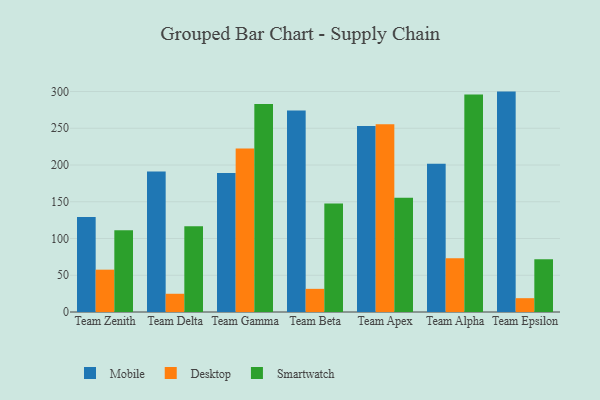
{"axis": {"x": "Team", "y": "Waste Production (Tons)"}, "legend": ["Desktop", "Mobile", "Smartwatch"], "data": [{"x": "Team Zenith", "y": 129.4, "type": "Mobile"}, {"x": "Team Zenith", "y": 57.6, "type": "Desktop"}, {"x": "Team Zenith", "y": 111.2, "type": "Smartwatch"}, {"x": "Team Delta", "y": 191.3, "type": "Mobile"}, {"x": "Team Delta", "y": 24.8, "type": "Desktop"}, {"x": "Team Delta", "y": 116.7, "type": "Smartwatch"}, {"x": "Team Gamma", "y": 189.2, "type": "Mobile"}, {"x": "Team Gamma", "y": 222.4, "type": "Desktop"}, {"x": "Team Gamma", "y": 283.0, "type": "Smartwatch"}, {"x": "Team Beta", "y": 274.3, "type": "Mobile"}, {"x": "Team Beta", "y": 31.5, "type": "Desktop"}, {"x": "Team Beta", "y": 147.6, "type": "Smartwatch"}, {"x": "Team Apex", "y": 253.0, "type": "Mobile"}, {"x": "Team Apex", "y": 255.5, "type": "Desktop"}, {"x": "Team Apex", "y": 155.6, "type": "Smartwatch"}, {"x": "Team Alpha", "y": 201.7, "type": "Mobile"}, {"x": "Team Alpha", "y": 73.1, "type": "Desktop"}, {"x": "Team Alpha", "y": 295.8, "type": "Smartwatch"}, {"x": "Team Epsilon", "y": 299.9, "type": "Mobile"}, {"x": "Team Epsilon", "y": 18.8, "type": "Desktop"}, {"x": "Team Epsilon", "y": 71.8, "type": "Smartwatch"}]}